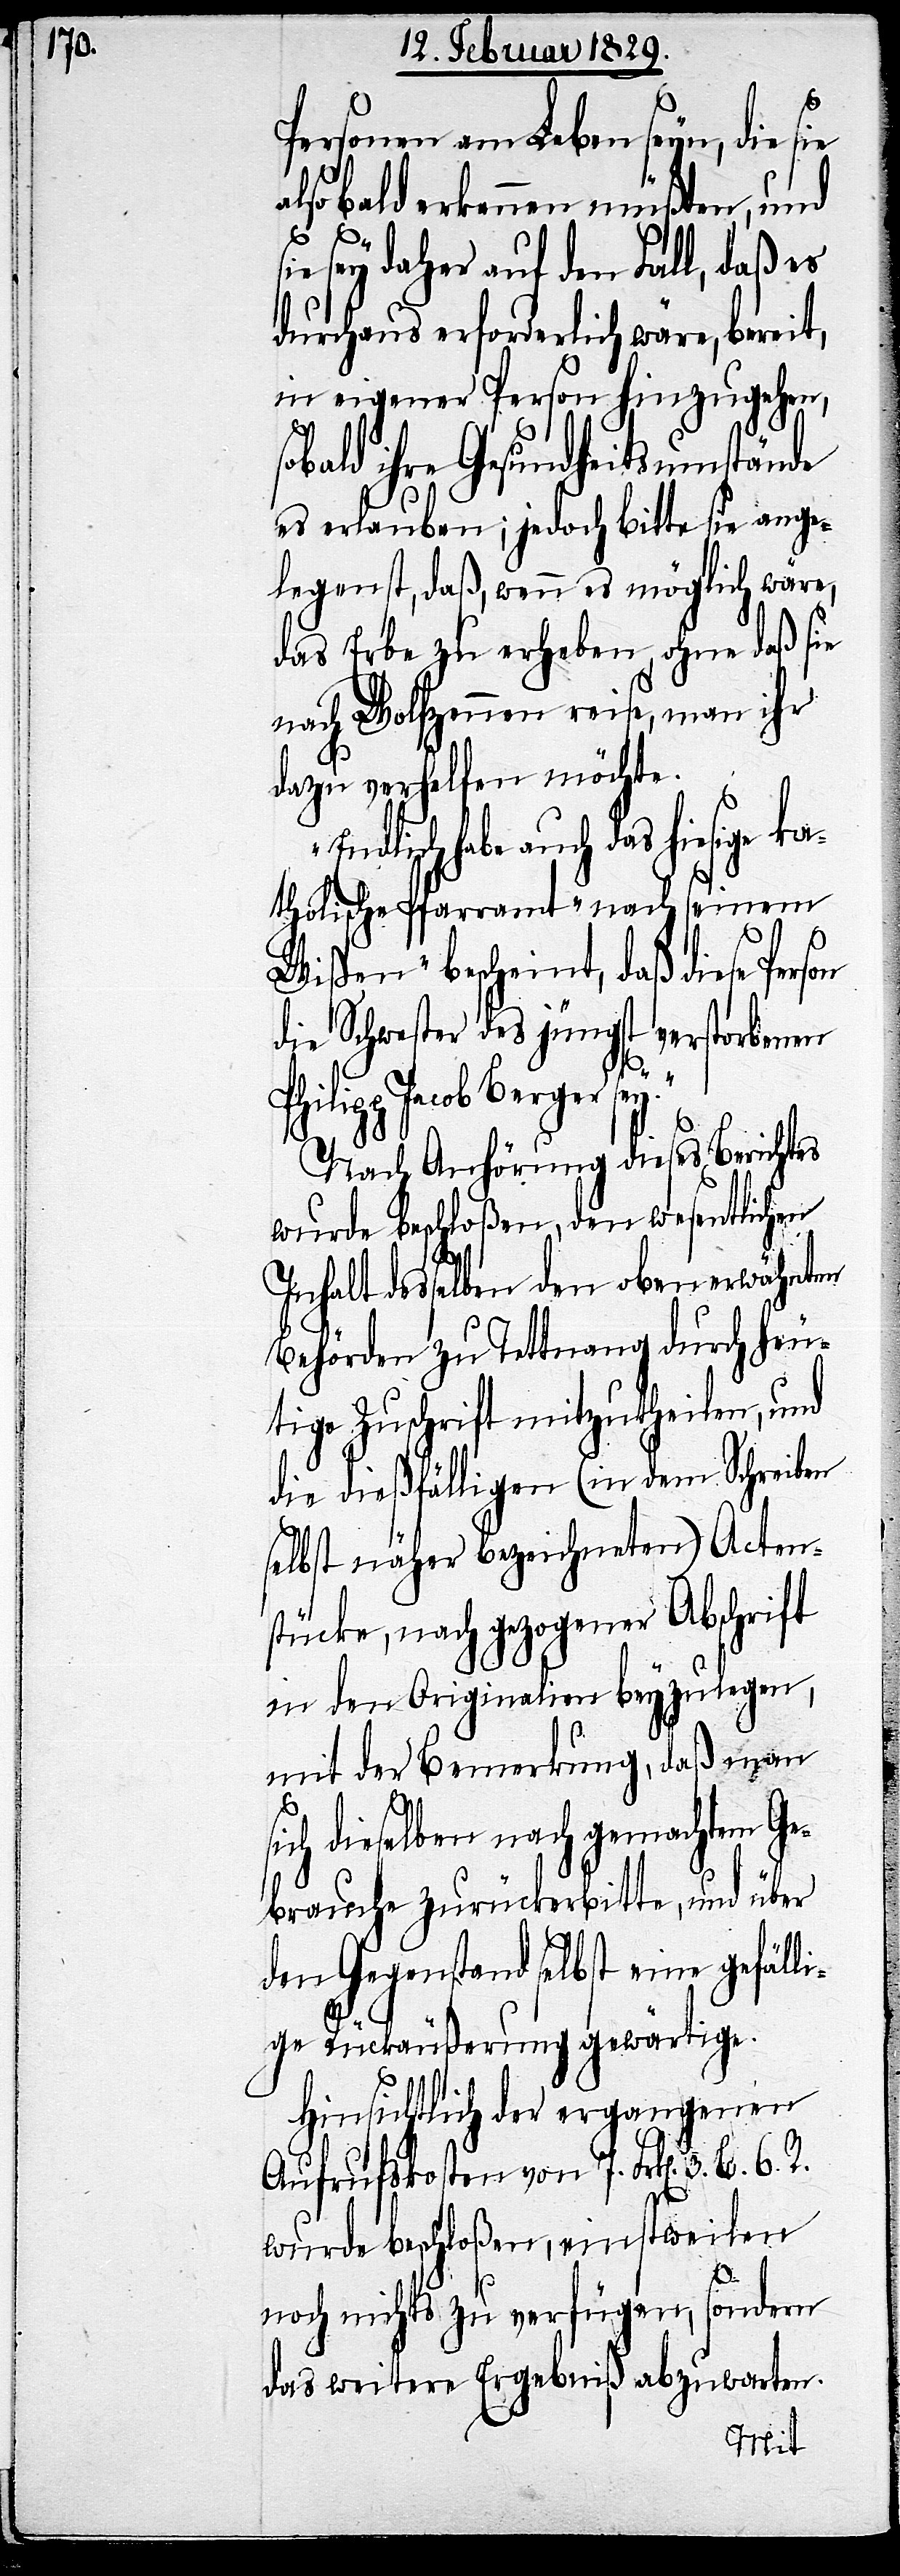
s¬
Personen am Leben seyn, die sie
also bald erkennen müßten, und
ie sey daher auf den Fall, daß es
durchaus erforderlich wäre, bereit,
in eigener Person hinzugehen,
sobald ihre Gesundheitsumstände
es erlauben; jedoch bitte sie ange¬
legenst, daß, wenn es möglich wäre,
das Erbe zu erheben, ohne daß sie
nach Wolfzennen reise, man ihr
dazu verhelfen möchte.
Endlich habe auch das hiesige
katholische Pfarramt „nach seinem
Wissen“ bescheint, daß diese
die Schwester des jüngst verstorbenen
hilipp Jacob Berger
Nach Anhörung dieses Berichtes
wurde beschloßen, den wesentlichen
Inhalt desselben den oben erwähnten
Behörden zu Tettnang durch heu¬
tige Zuschrift mitzutheilen, und
die dießfälligen (in dem Schreiben
selbst näher bezeichneten) Acten¬
stücke, nach gezogener Abschrift
in den Originalien beyzulegen,
mit der Bemerkung, daß man
ich dieselben nach gemachtem Ge¬
brauche zurückerbitte, und über
den Gegenstand selbst eine gefälli¬
ge Rückäußerung gewärtige.
Hinsichtlich der ergangenen
Aufrufskosten von 7. Frk[en]. 3. B. 6.
wurde beschloßen, einstweilen
noch nichts zu verfügen, sondern
das weitere Ergebniß abzuwarten.